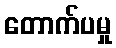
တောက်ပမှု